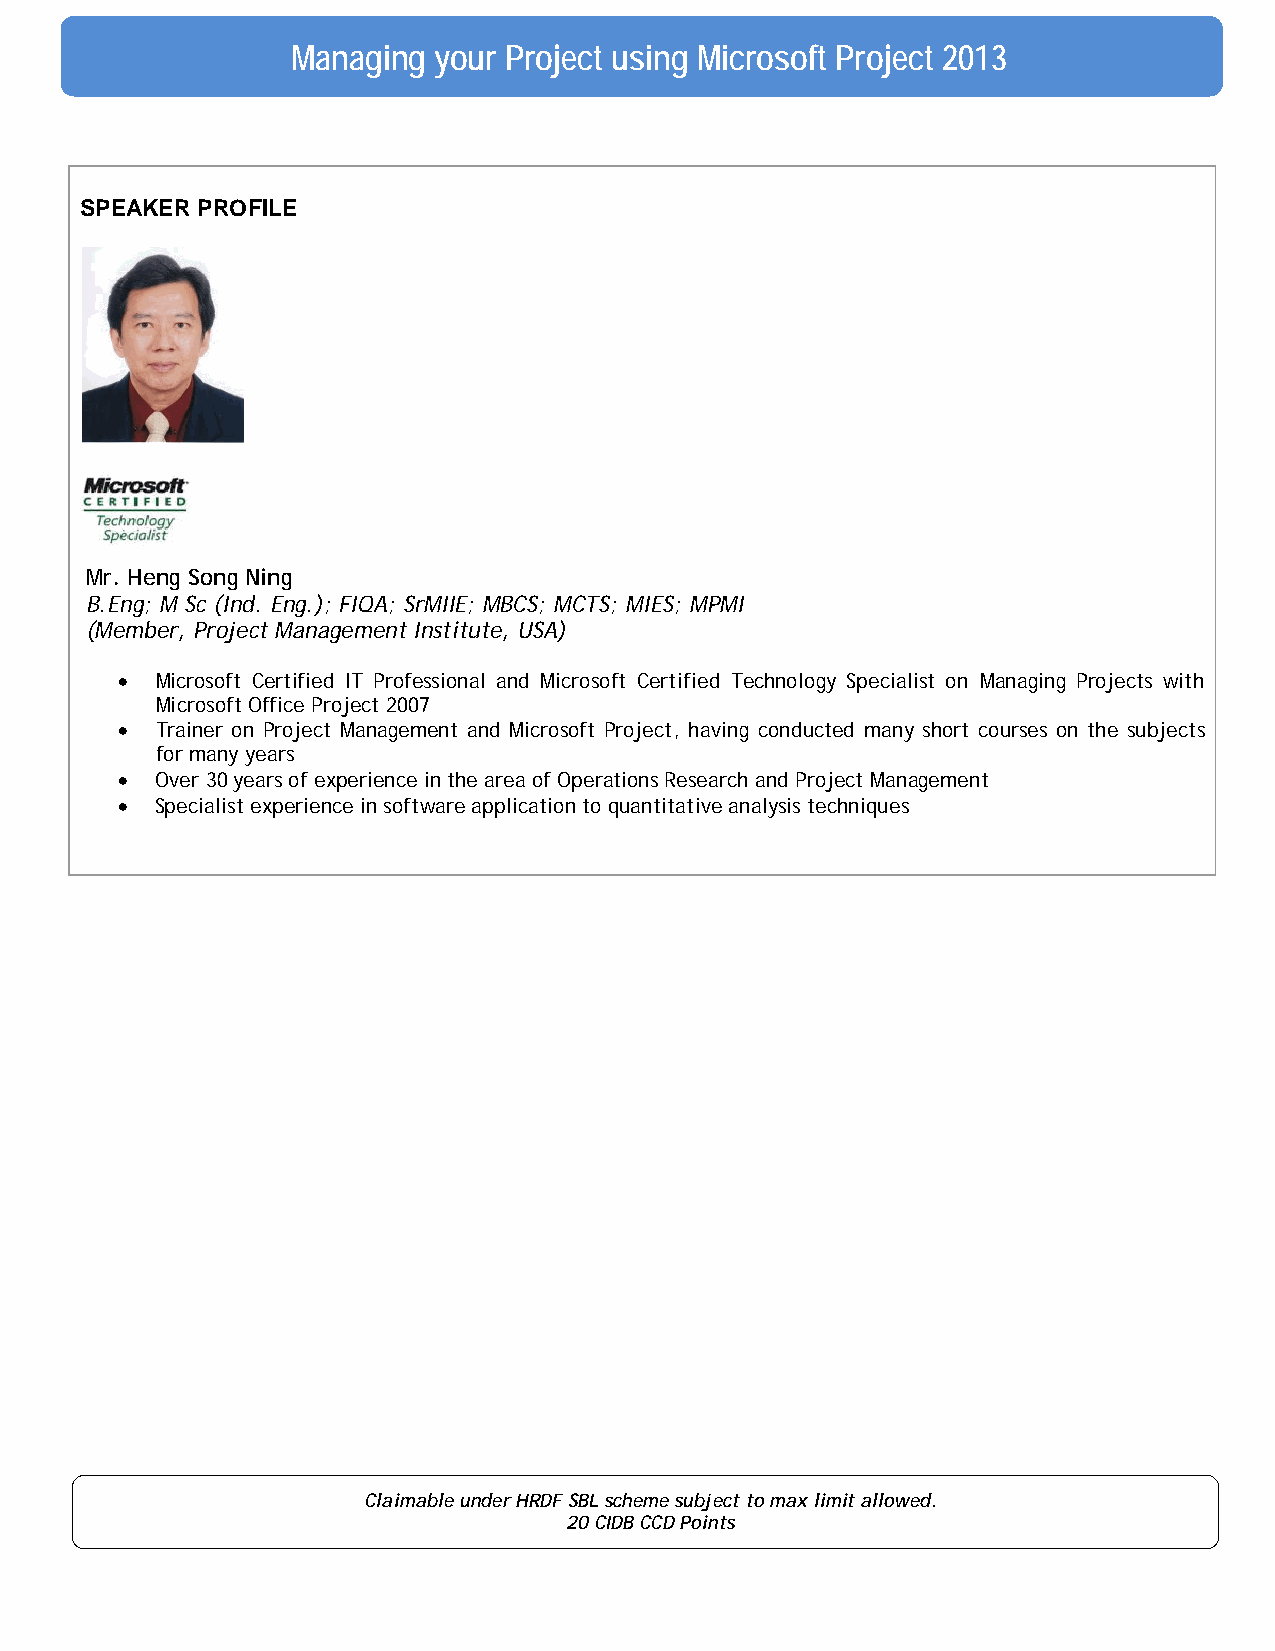
Managing  your Project using Microsoft Project 2013
 SPEAKER PROFILE
 Mr. Heng Song Ning
 B.Eng; M Sc (Ind. Eng.); FIQA; SrMIIE; MBCS; MCTS; MIES; MPMI
 (Member, Project Management Institute, USA)
 • Microsoft Certified IT Professional and Microsoft Certified Technology Specialist on Managing Projects with
 Microsoft Office Project 2007
 • Trainer on Project Management and Microsoft Project, having conducted many short courses on the subjects
 for many years
 • Over 30 years of experience in the area of Operations Research and Project Management
 • Specialist experience in software application to quantitative analysis techniques
 Claimable under HRDF SBL scheme subject to max limit allowed.
 20 CIDB CCD Points